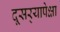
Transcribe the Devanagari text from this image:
दूसर्‍यापेक्षा